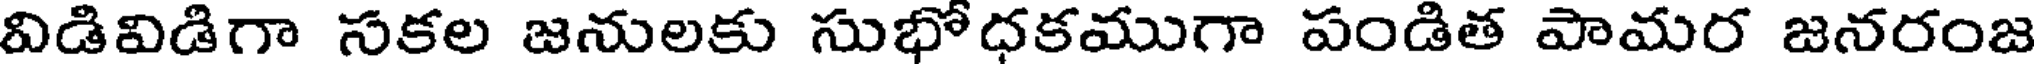
విడివిడిగా సకల జనులకు సుభోధకముగా పండిత పామర జనరంజ